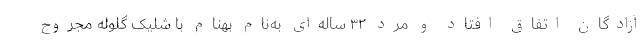
آزادگان اتفاق افتاد و مرد ۳۲ ساله‌ای به‌نام بهنام با شلیک گلوله مجروح